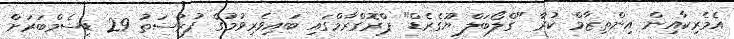
އެމެރިކާއިން އިންތިޒާމް ކުރާ "ގްލޯބަލް ޔޫގެރެޑް" ޕްރޮގްރާމްގައި ބައިވެރިވުމުގެ ފުރުސަތު 29 ޑިސެމްބަރަށް